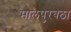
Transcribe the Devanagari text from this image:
मालपुरवठा